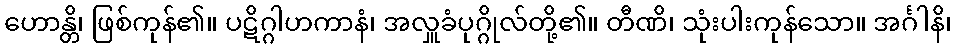
ဟောန္တိ၊ ဖြစ်ကုန်၏။ ပဋိဂ္ဂါဟကာနံ၊ အလှူခံပုဂ္ဂိုလ်တို့၏။ တီဏိ၊ သုံးပါးကုန်သော။ အင်္ဂါနိ၊